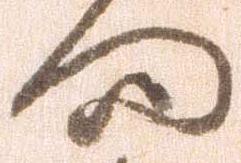
向